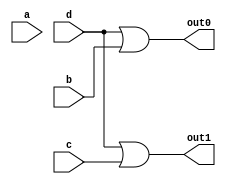
//This is for the 4:2 encoder module.

module four_to_two_encoder_dataflow_module (a, b, c, d, out0, out1);
	input a, b, c, d;

	output out0, out1;

	assign out0 = (d == 1'b1) || (b == 1'b1);
	assign out1 = (d == 1'b1) || (c == 1'b1);

endmodule